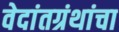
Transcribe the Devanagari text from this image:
वेदांतग्रंथांचा